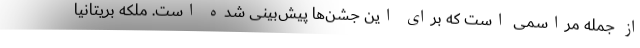
از جمله مراسمی است که برای این جشن‌ها پیش‌بینی شده است. ملکه بریتانیا